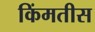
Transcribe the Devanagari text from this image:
किंमतीस